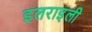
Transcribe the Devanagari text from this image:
इलराइली